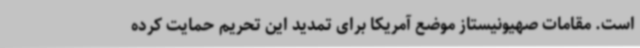
است. مقامات صهیونیستاز موضع آمریکا برای تمدید این تحریم حمایت کرده